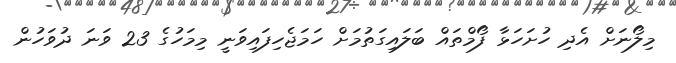
މިލޯނަށް އެދި ހުށަހަޅާ ފޯމްތައް ބަލައިގަތުމަށް ހަމަޖެހިފައިވަނީ މިމަހުގެ 23 ވަނަ ދުވަހުން